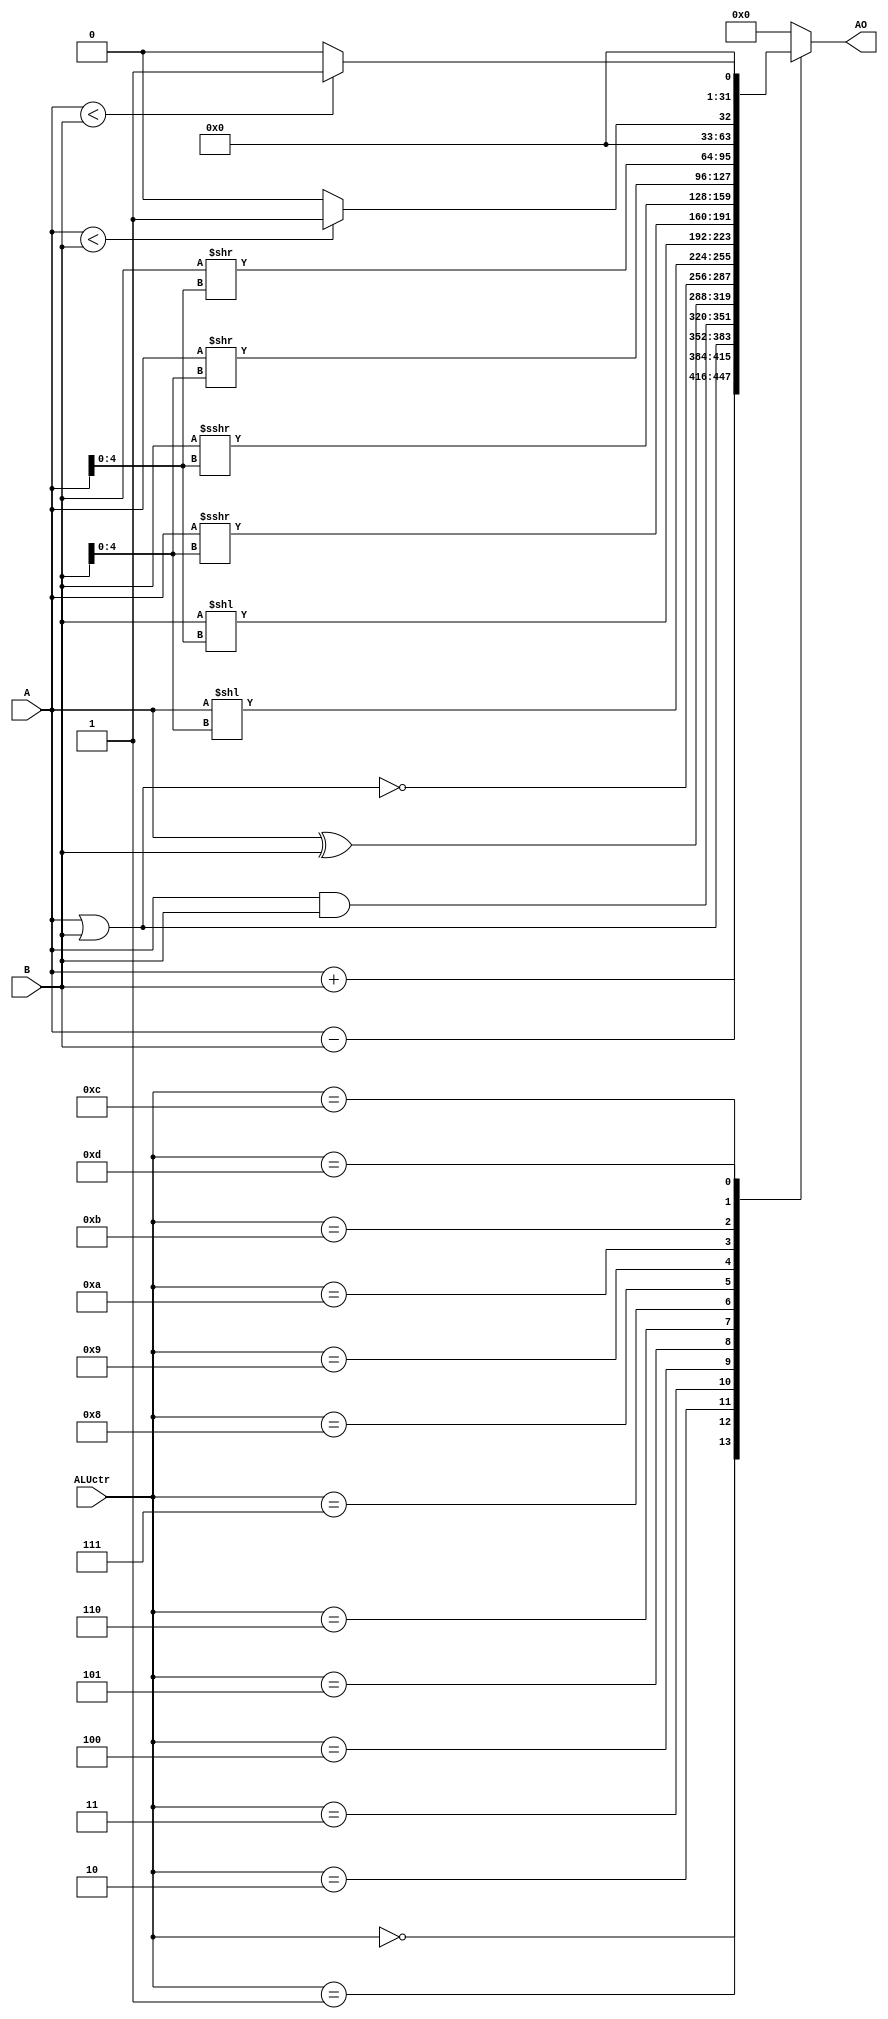
`timescale 1ns / 1ps

module ALU(A, B, ALUctr, AO);
	
	input signed [31:0] A;
	input signed [31:0] B;
	input [3:0] ALUctr;
	
	output reg [31:0] AO;
	
	always @(*) begin
		case (ALUctr)
			4'b0000: AO = A + B;
			4'b0001: AO = A - B;
			4'b0010: AO = A | B;
			4'b0011: AO = A & B;
			4'b0100: AO = A ^ B;
			4'b0101: AO = ~(A | B);
			4'b0110: AO = A << B[4:0]; //sll
			4'b0111: AO = B << A[4:0]; //sllv
			4'b1000: AO = A >>> B[4:0]; //sra
			4'b1001: AO = B >>> A[4:0]; //srav
			4'b1010: AO = A >> B[4:0]; //srl
			4'b1011: AO = B >> A[4:0]; //srlv
			4'b1100: AO = (A < B) ? 32'h0000_0001 : 32'h0000_0000; //slt/slti
			4'b1101: AO = ({1'b0, A} < {1'b0, B}) ? 32'h0000_0001 : 32'h0000_0000; //sltu/sltiu
			default: AO = 32'h0000_0000;
		endcase
	end


endmodule